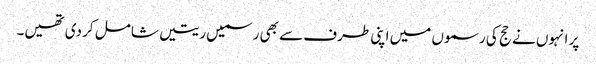
پر انہوں نے حج کی رسموں میں اپنی طرف سے بھی رسمیں ریتیں شامل کر دی تھیں۔